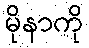
မိုနာကို